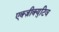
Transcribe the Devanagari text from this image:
एक्ज़ीक्युटिव